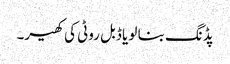
پڈنگ بنا لو یا ڈبل روٹی کی کھیر۔